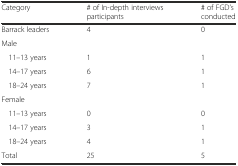
<table><thead><tr><td><b>Category</b></td><td><b># of In-depth interviews participants</b></td><td><b># of FGD’s conducted</b></td></tr></thead><tbody><tr><td>Barrack leaders</td><td>4</td><td>0</td></tr><tr><td>Male</td><td></td><td></td></tr><tr><td>11–13 years</td><td>1</td><td>1</td></tr><tr><td>14–17 years</td><td>6</td><td>1</td></tr><tr><td>18–24 years</td><td>7</td><td>1</td></tr><tr><td>Female</td><td></td><td></td></tr><tr><td>11–13 years</td><td>0</td><td>0</td></tr><tr><td>14–17 years</td><td>3</td><td>1</td></tr><tr><td>18–24 years</td><td>4</td><td>1</td></tr><tr><td>Total</td><td>25</td><td>5</td></tr></tbody></table>